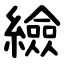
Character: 䌞